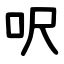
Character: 呎